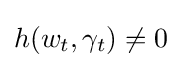
h(w_{t},\gamma _{t})\neq 0